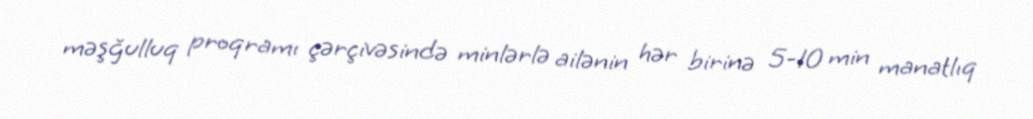
məşğulluq proqramı çərçivəsində minlərlə ailənin hər birinə 5-10 min manatlıq